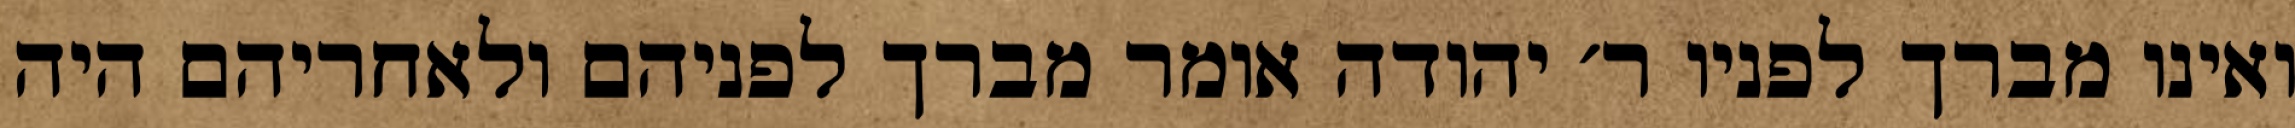
ואינו מברך לפניו ר׳ יהודה אומר מברך לפניהם ולאחריהם היה